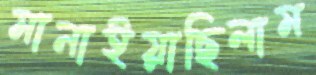
মানাইয়াছিলাম